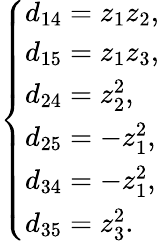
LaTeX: \left\{ \begin{array}{ll}{d_{14}=z_{1}z_{2},}\\ {d_{15}=z_{1}z_{3},}\\ {d_{24}=z_{2}^{2},}\\ {d_{25}=-z_{1}^{2},}\\ {d_{34}=-z_{1}^{2},}\\ {d_{35}=z_{3}^{2}.}\end{array}\right.